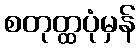
စတုတ္ထပုံမှန်